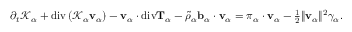
\begin{array} { r } { \partial _ { t } \mathscr { K } _ { \alpha } + \mathrm { d i v } \left( \mathscr { K } _ { \alpha } \mathbf { v } _ { \alpha } \right) - \mathbf { v } _ { \alpha } \cdot \mathrm { d i v } \mathbf { T } _ { \alpha } - \tilde { \rho } _ { \alpha } \mathbf { b } _ { \alpha } \cdot \mathbf { v } _ { \alpha } = \boldsymbol { \pi } _ { \alpha } \cdot \mathbf { v } _ { \alpha } - \frac { 1 } { 2 } \| \mathbf { v } _ { \alpha } \| ^ { 2 } \gamma _ { \alpha } . } \end{array}